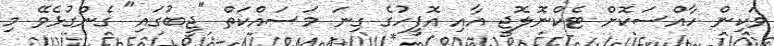
ވަކިން ހާއްސަކޮށް ޓެކްނޮލޮޖީ އާއި އޮފީހުގެ ގިނަ މަސައްކަތް "ޖީބުގައި" ގެންގުޅެވޭ މި